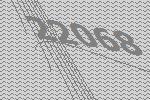
22068